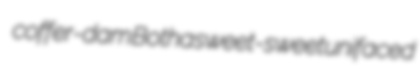
coffer-dam Botha sweet-sweet unifaced